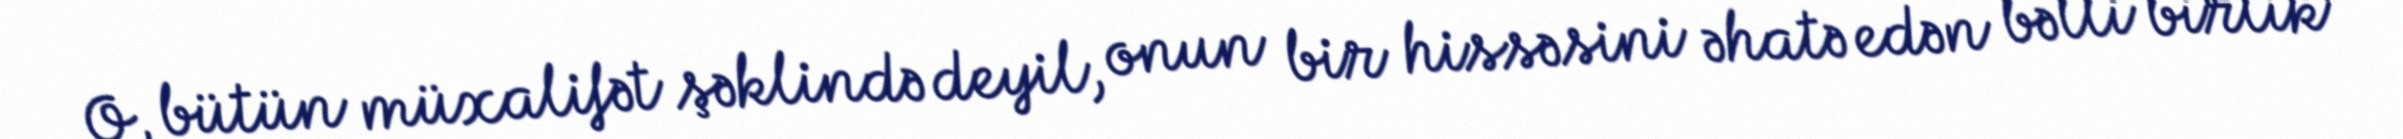
O, bütün müxalifət şəklində deyil, onun bir hissəsini əhatə edən bəlli birlik